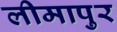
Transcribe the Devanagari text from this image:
लीमापुर